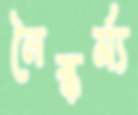
নৈষ্কর্ম্য